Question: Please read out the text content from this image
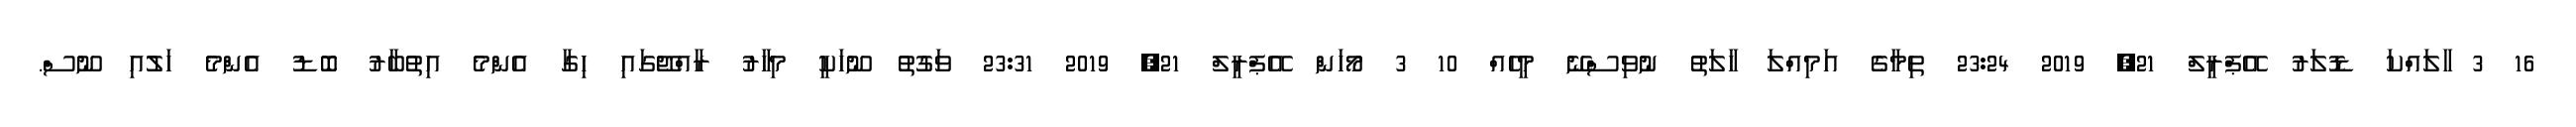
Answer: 16 3 ާލައްކަ ޑޮލަރު އޭޕްރީލް 21, 2019 23:24 ތިމާގެ އަމިއްލަ ހާލަތު ނުވިސްނޭ މީހެއް 10 3 މޯހަން އޭޕްރީލް 21, 2019 23:31 ވަގުތު ނޫހަކީ މިހާރު ރާއްޖޭގައި ހިގާ އެންމެ އިތުބާރު ބޮޑު އެންމެ ހަލުއި ނޫސް.